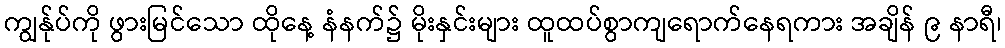
ကျွန်ုပ်ကို ဖွားမြင်သော ထိုနေ့ နံနက်၌ မိုးနှင်းများ ထူထပ်စွာကျရောက်နေရကား အချိန် ၉ နာရီ၊